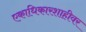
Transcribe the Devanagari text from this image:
एकाधिकारशाहीवर